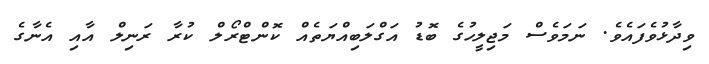
ވިދާޅުވެފައެވެ. ނަމަވެސް މަޖިލީހުގެ ބޮޑު އަގްލަބިއްޔަތެއް ކޮންޓްރޯލް ކުރާ ރަނިލް އާއި އެނާގެ